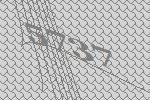
5737